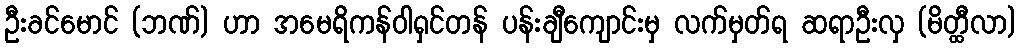
ဦးခင်မောင် (ဘဏ်) ဟာ အမေရိကန်ဝါရှင်တန် ပန်းချီကျောင်းမှ လက်မှတ်ရ ဆရာဦးလှ (မိတ္ထီလာ)